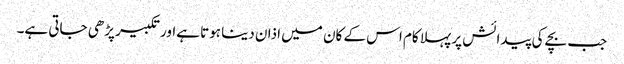
جب بچے کی پیدائش پر پہلا کام اس کے کان میں اذان دینا ہوتا ہےاور تکبیر پڑھی جاتی ہے۔